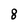
Character: 8